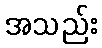
အသည်း